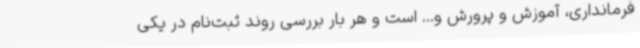
فرمانداری، آموزش و پرورش و... است و هر بار بررسی روند ثبت‌نام در یکی